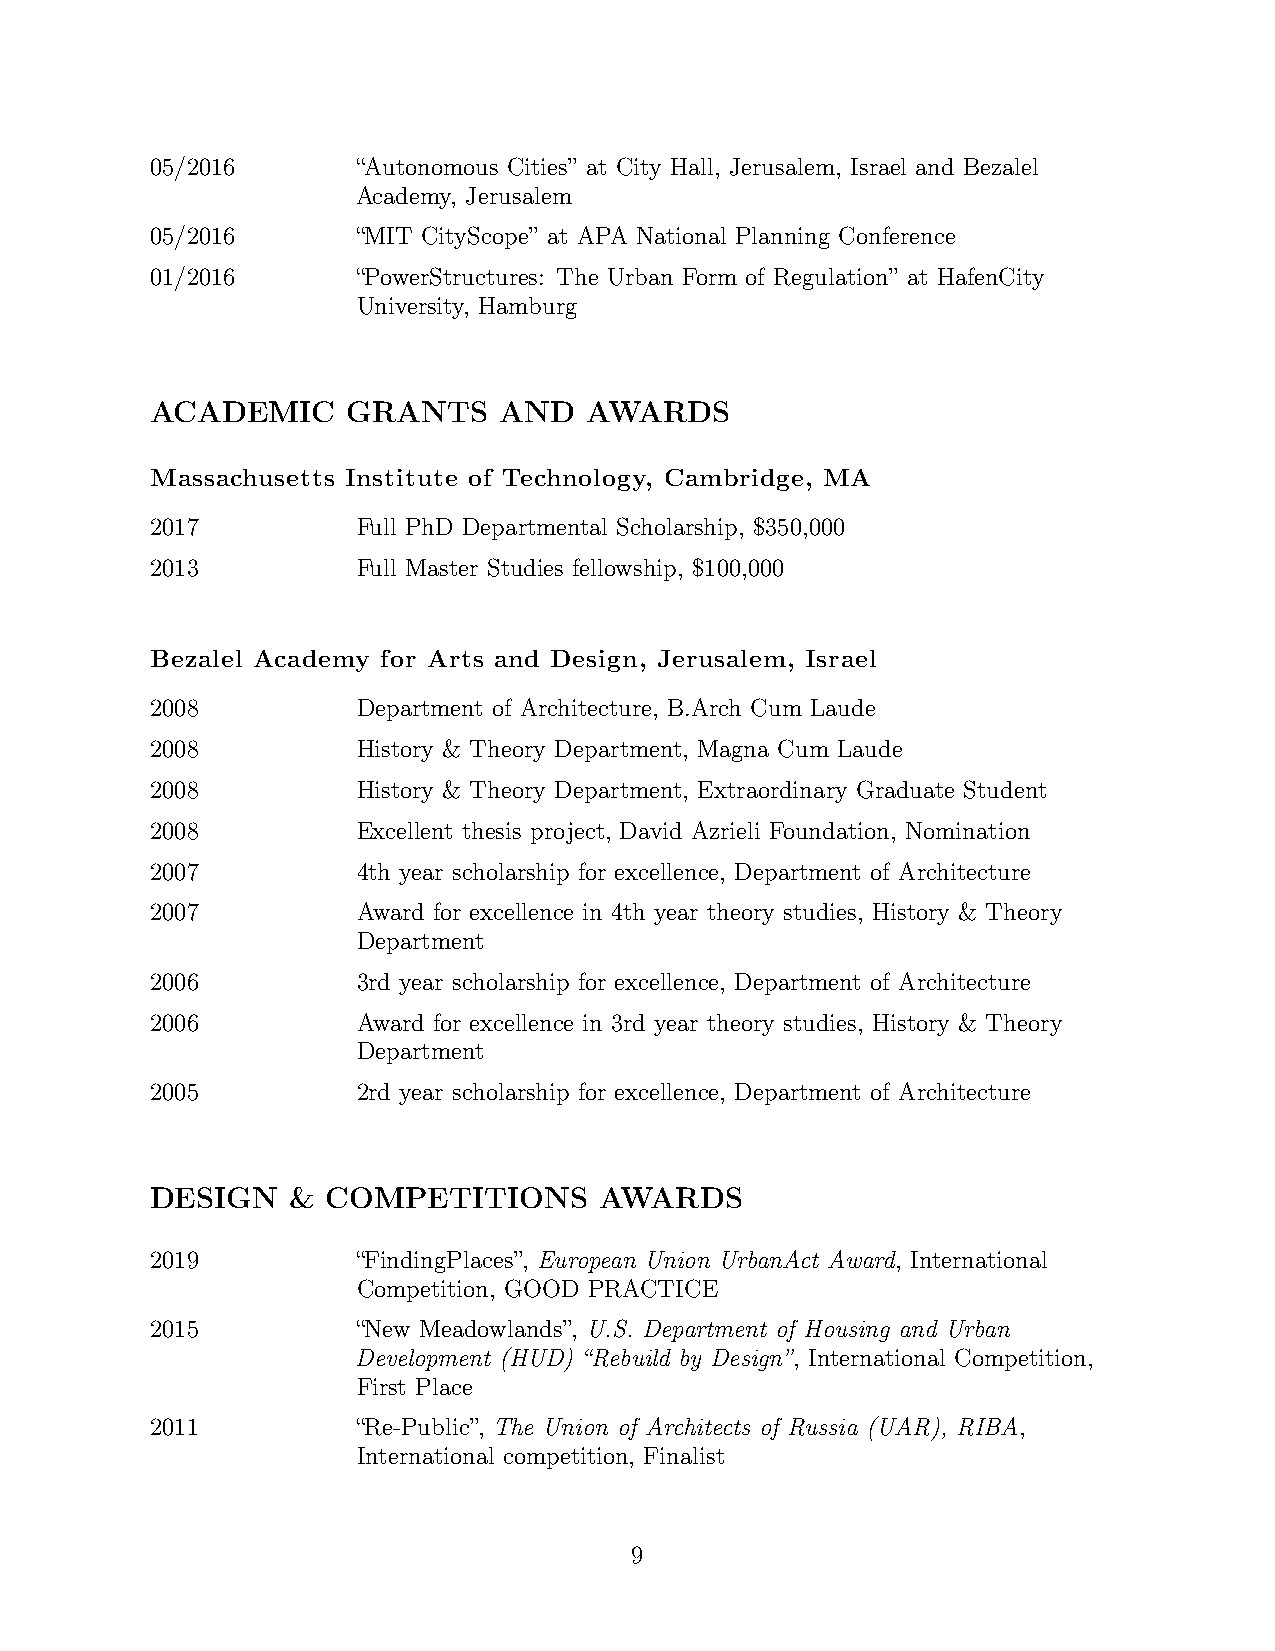
05/2016       “Autonomous Cities” at City Hall, Jerusalem, Israel and Bezalel
 Academy, Jerusalem
 05/2016       “MIT CityScope” at APA National Planning Conference
 01/2016       “PowerStructures: The Urban Form of Regulation” at HafenCity
 University, Hamburg
 ACADEMIC     GRANTS    AND   AWARDS
 Massachusetts Institute of Technology, Cambridge, MA
 2017          Full PhD Departmental Scholarship, $350,000
 2013          Full Master Studies fellowship, $100,000
 Bezalel Academy for Arts and Design, Jerusalem, Israel
 2008          Department of Architecture, B.Arch Cum Laude
 2008          History & Theory Department, Magna Cum Laude
 2008          History & Theory Department, Extraordinary Graduate Student
 2008          Excellent thesis project, David Azrieli Foundation, Nomination
 2007          4th year scholarship for excellence, Department of Architecture
 2007          Award for excellence in 4th year theory studies, History & Theory
 Department
 2006          3rd year scholarship for excellence, Department of Architecture
 2006          Award for excellence in 3rd year theory studies, History & Theory
 Department
 2005          2rd year scholarship for excellence, Department of Architecture
 DESIGN   &  COMPETITIONS      AWARDS
 2019          “FindingPlaces”, European Union UrbanAct Award, International
 Competition, GOOD PRACTICE
 2015          “New Meadowlands”, U.S. Department of Housing and Urban
 Development (HUD) “Rebuild by Design”, International Competition,
 First Place
 2011          “Re-Public”, The Union of Architects of Russia (UAR), RIBA,
 International competition, Finalist
 9